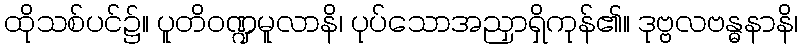
ထိုသစ်ပင်၌။ ပူတိဝဏ္ဍမူလာနိ၊ ပုပ်သောအညှာရှိကုန်၏။ ဒုဗ္ဗလဗန္ဓနာနိ၊